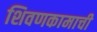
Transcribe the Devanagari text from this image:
शिवणकामाची